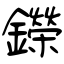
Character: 鑅